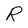
Character: R